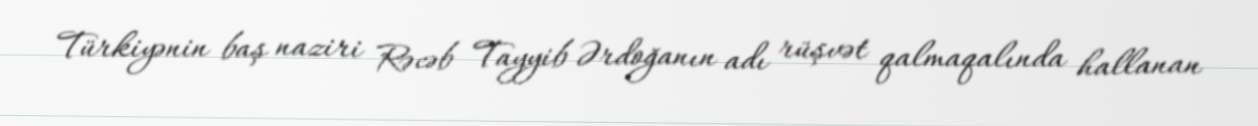
Türkiyənin baş naziri Rəcəb Tayyib Ərdoğanın adı rüşvət qalmaqalında hallanan